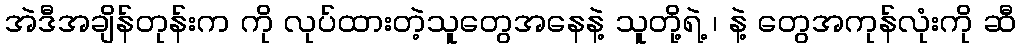
အဲဒီအချိန်တုန်းက ကို လုပ်ထားတဲ့သူတွေအနေနဲ့ သူတို့ရဲ့ ၊ နဲ့ တွေအကုန်လုံးကို ဆီ